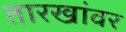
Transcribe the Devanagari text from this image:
तारखांवर